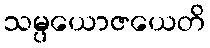
သမ္ပယောဇယေတိ